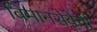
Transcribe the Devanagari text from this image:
विमानसेवेची